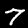
Label: 7